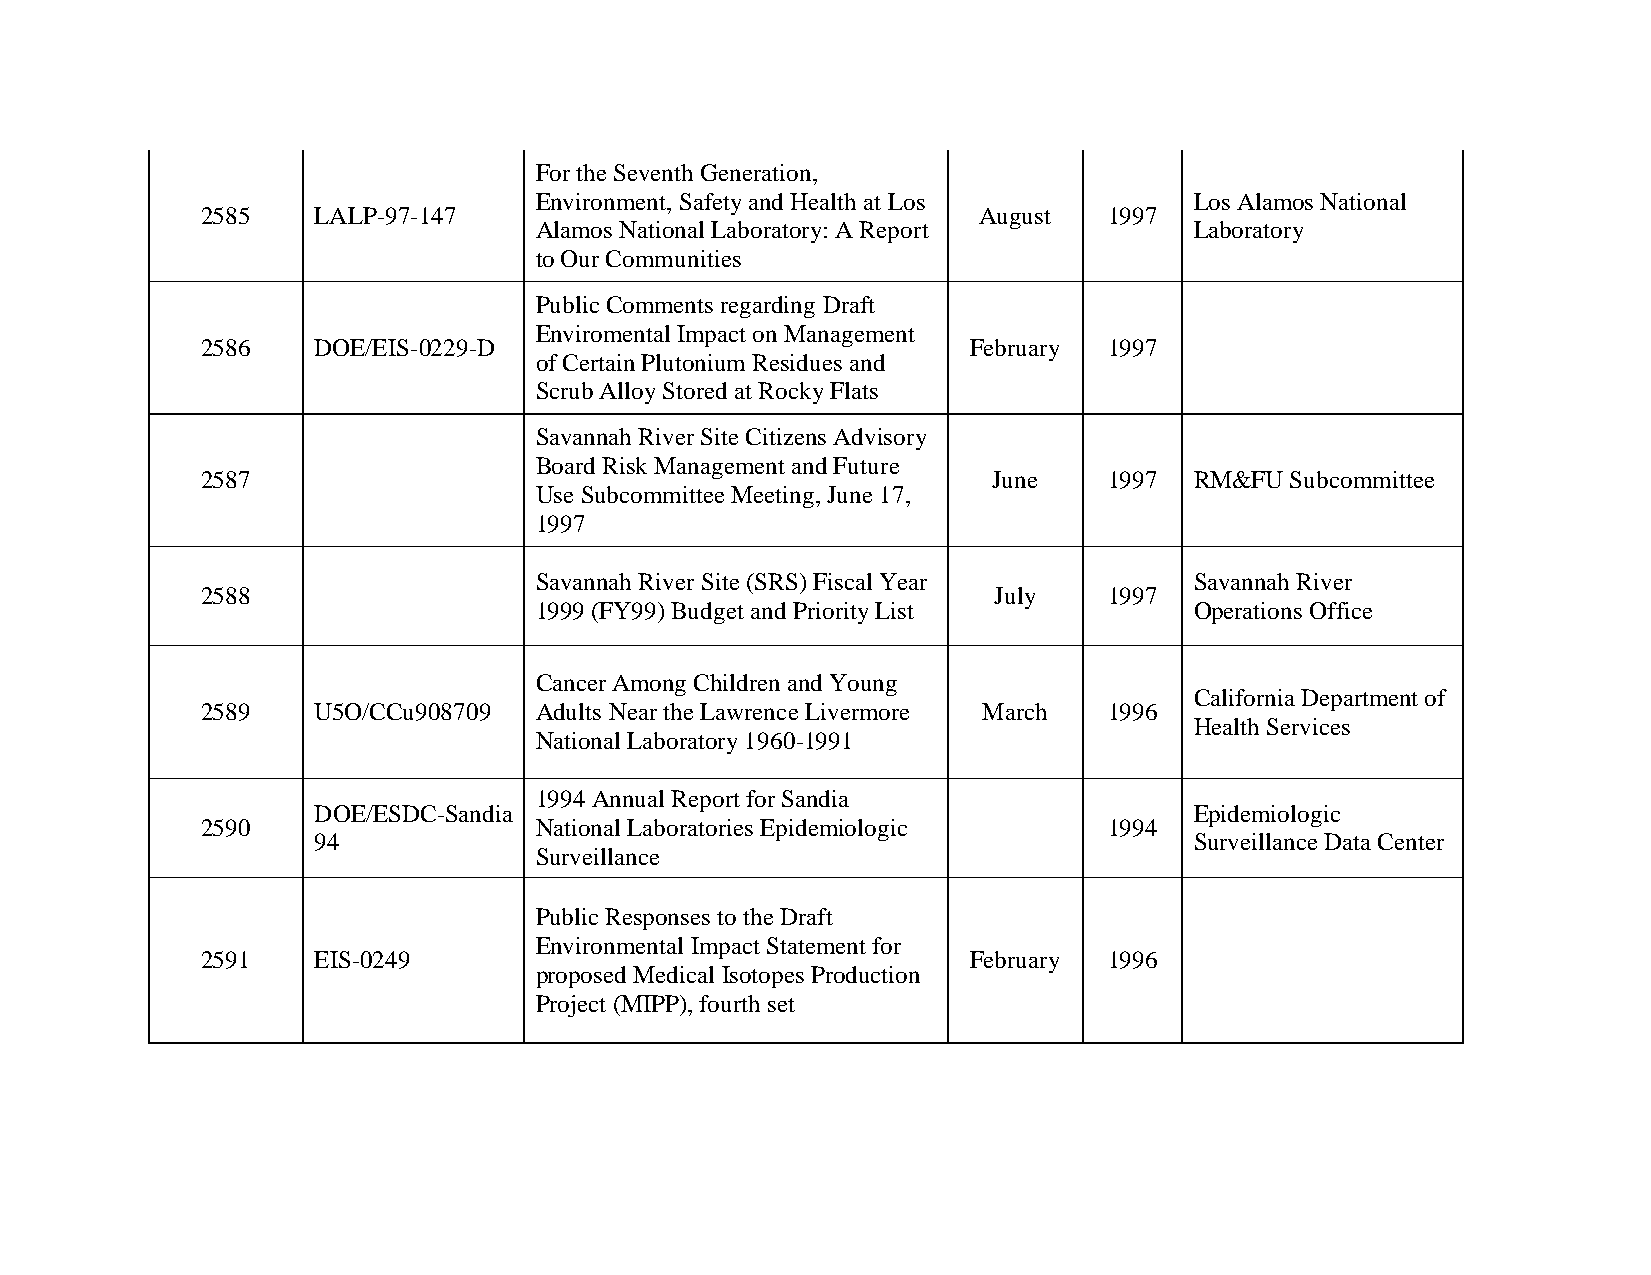
For the Seventh Generation,
 Environment, Safety and Health at Los       Los Alamos National
 2585    LALP-97-147                                 August  1997
 Alamos National Laboratory: A Report        Laboratory
 to Our Communities
 Public Comments regarding Draft
 Enviromental Impact on Management
 2586    DOE/EIS-0229-D                             February 1997
 of Certain Plutonium Residues and
 Scrub Alloy Stored at Rocky Flats
 Savannah River Site Citizens Advisory
 Board Risk Management and Future
 2587                                                 June   1997  RM&FU Subcommittee
 Use Subcommittee Meeting, June 17,
 1997
 Savannah River Site (SRS) Fiscal Year       Savannah River
 2588                                                 July   1997
 1999 (FY99) Budget and Priority List        Operations Office
 Cancer Among Children and Young
 California Department of
 2589    U5O/CCu908709 Adults Near the Lawrence Livermore March 1996
 Health Services
 National Laboratory 1960-1991
 1994 Annual Report for Sandia
 DOE/ESDC-Sandia                                           Epidemiologic
 2590                  National Laboratories Epidemiologic   1994
 94                                                        Surveillance Data Center
 Surveillance
 Public Responses to the Draft
 Environmental Impact Statement for
 2591    EIS-0249                                   February 1996
 proposed Medical Isotopes Production
 Project (MIPP), fourth set